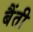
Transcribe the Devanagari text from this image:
बैंती